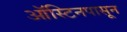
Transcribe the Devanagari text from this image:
ऑस्टिनपासून